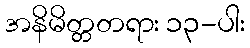
အနိမိတ္တတရား ၁၃-ပါး